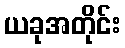
ယခုအတိုင်း